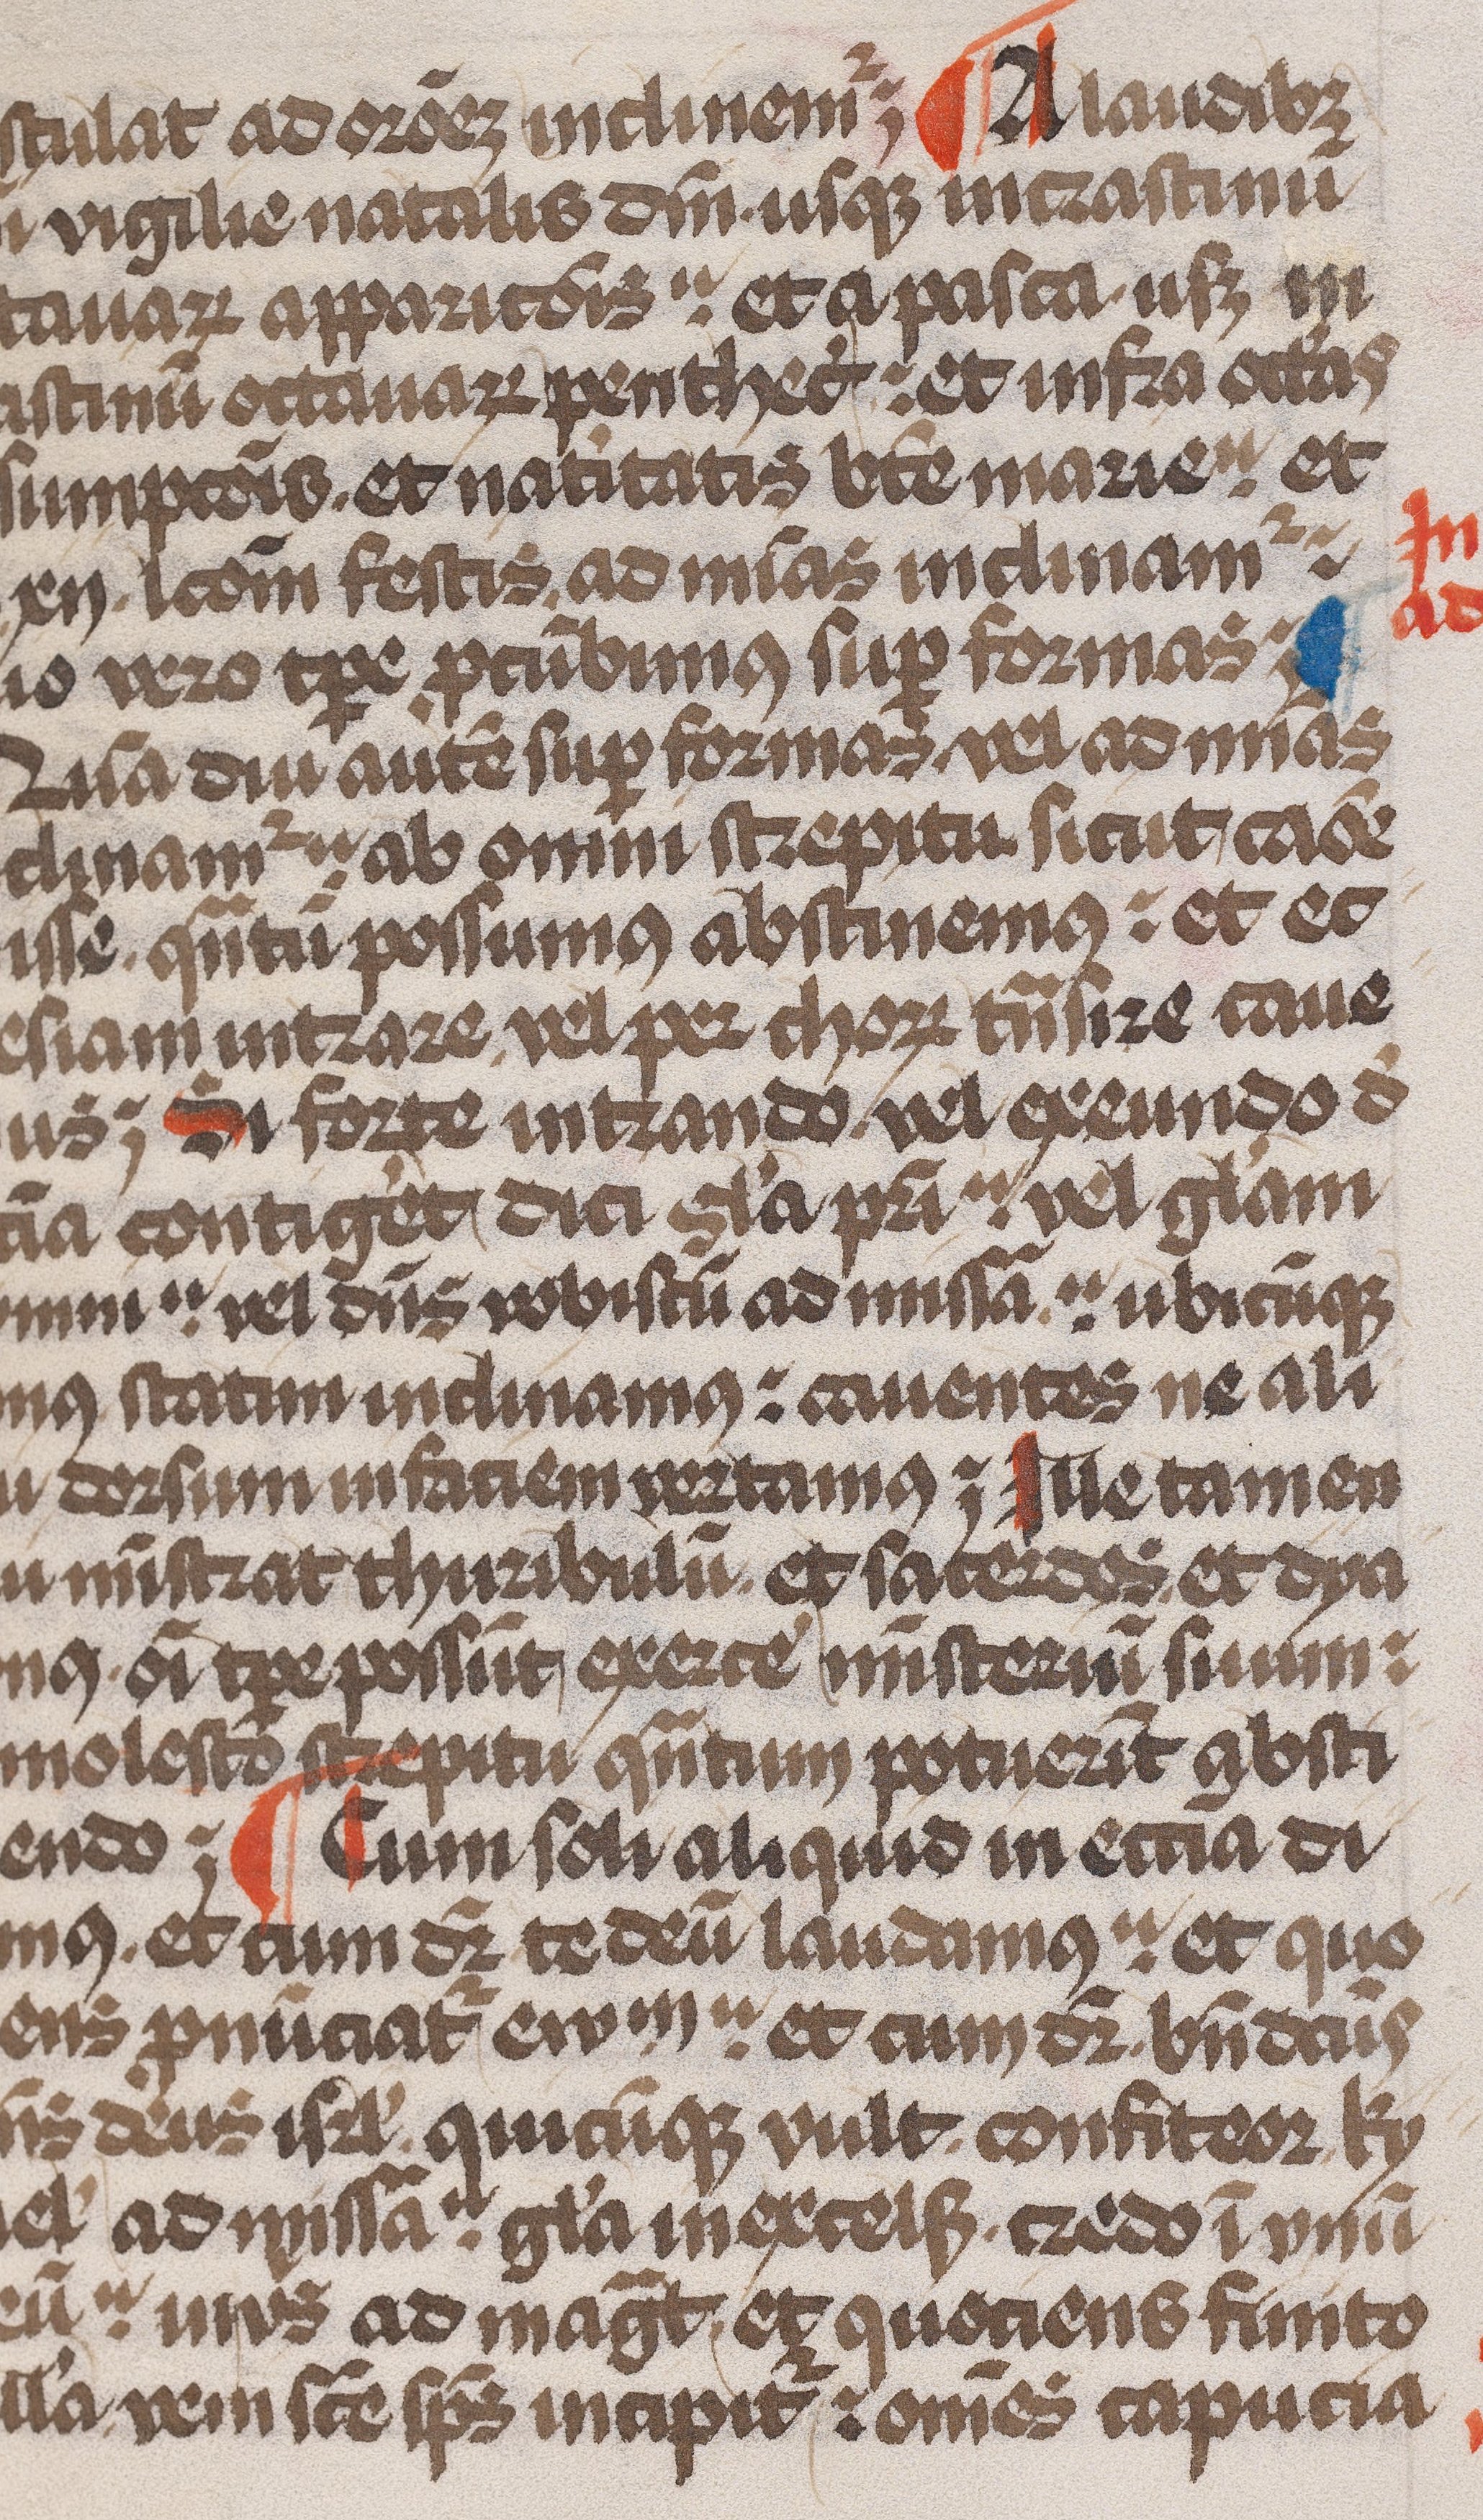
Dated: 1479–1479